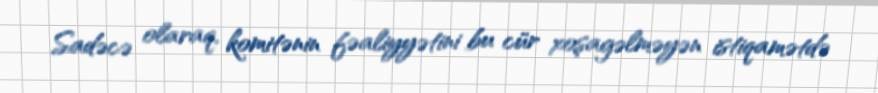
Sadəcə olaraq, komitənin fəaliyyətini bu cür xoşagəlməyən istiqamətdə